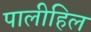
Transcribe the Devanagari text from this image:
पालीहिल